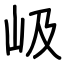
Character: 岋